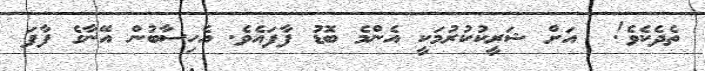
ތެދެކެވެ!  އަށް ޝަރީކުކުރުމަކީ އެންމެ ބޮޑު ފާފައެވެ. އެހިސާބުން އޭނާގެ ފާފަ